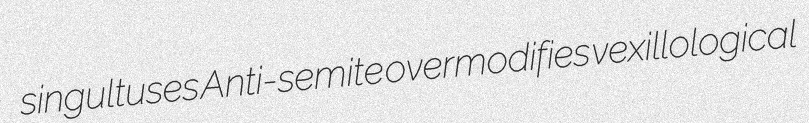
singultuses Anti-semite overmodifies vexillological